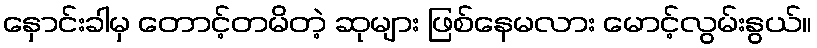
နှောင်းခါမှ တောင့်တမိတဲ့ ဆုများ ဖြစ်နေမလား မောင့်လွမ်းနွယ်။